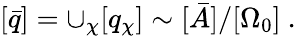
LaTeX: [\bar{q}]=\cup_{\chi}[q_{\chi}]\sim[\bar{A}]/[\Omega_{0}]\ .